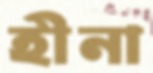
হীনা